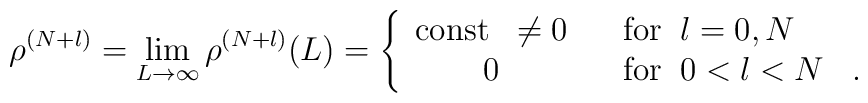
\rho^{(N+l)} = \lim_{L \rightarrow \infty} \rho^{(N+l)}(L) =\left\{ \begin{array}{cl}\mbox{const} \; \; \neq 0 & \; \; \; \mbox{for}\;\; l = 0,N \\0 & \; \; \; \mbox{for}\;\; 0 < l < N  \; \; \; .\end{array} \right.